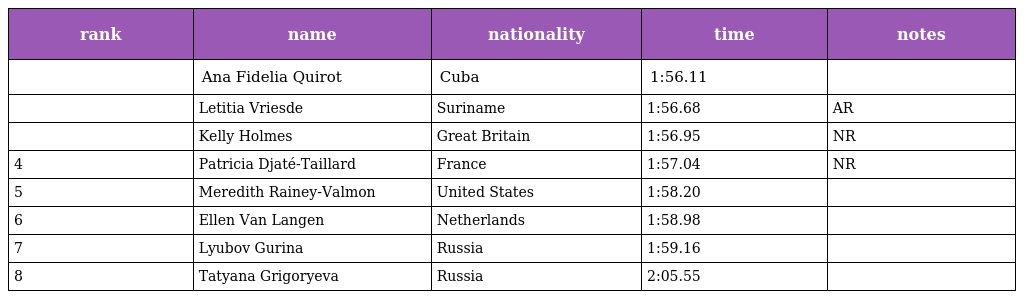
| rank | name | nationality | time | notes |
 | --- | --- | --- | --- | --- |
 |  | Ana Fidelia Quirot | Cuba | 1:56.11 |  |
 |  | Letitia Vriesde | Suriname | 1:56.68 | AR |
 |  | Kelly Holmes | Great Britain | 1:56.95 | NR |
 | 4 | Patricia Djaté-Taillard | France | 1:57.04 | NR |
 | 5 | Meredith Rainey-Valmon | United States | 1:58.20 |  |
 | 6 | Ellen Van Langen | Netherlands | 1:58.98 |  |
 | 7 | Lyubov Gurina | Russia | 1:59.16 |  |
 | 8 | Tatyana Grigoryeva | Russia | 2:05.55 |  |